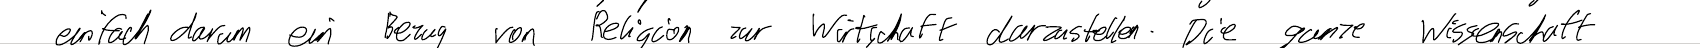
einfach darum ein Bezug von Religion zur Wirtschaft darzustellen. Die ganze Wissenschaft